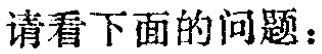
请看下面的问题：